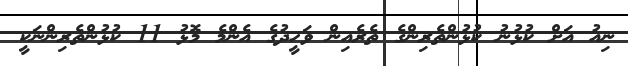
ނިއު އަށް ކުޅުނު ކުޅުންތެރިންގެ ތެރެއިން ވަހީދުގެ އެންމެ މޮޅު 11 ކުޅުންތެރިންނަކީ